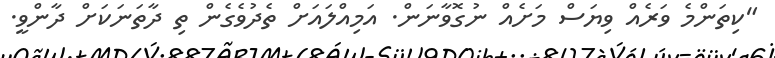
"ކިތަންމެ ވަރެއް ވިޔަސް މަށެއް ނުގޮވާނަން. އަމިއްލައަށް ތެދުވެގެން ތި ދާތަނަކަށް ދާންވީ.